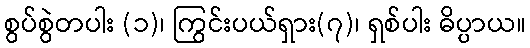
စွပ်စွဲတပါး (၁)၊ ကြွင်းပယ်ရှား(၇)၊ ရှစ်ပါး ဓိပ္ပာယ။